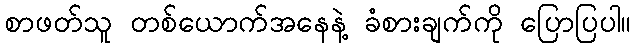
စာဖတ်သူ တစ်ယောက်အနေနဲ့ ခံစားချက်ကို ပြောပြပါ။